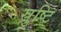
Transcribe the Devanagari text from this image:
स्रुष्टि